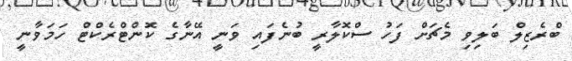
ބްރެޒިލް ބަލިވި މެޗަށް ފަހު ސްކޮލާރީ ބުނެފައި ވަނީ އޭނާގެ ކޮންޓްރެކްޓް ހަމަވާނީ